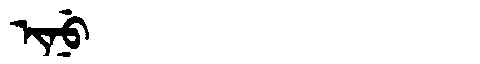
Manchu: ᡳᠨᡠ
Romanization: INU